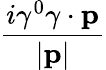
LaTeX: \frac{i\gamma^{0}\gamma\cdot\mathbf{p}}{|\mathbf{p}|}